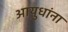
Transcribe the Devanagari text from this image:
आयुधांना